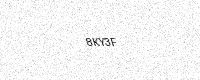
Text: 8KY3F